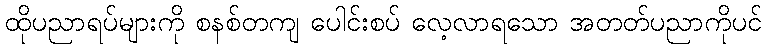
ထိုပညာရပ်များကို စနစ်တကျ ပေါင်းစပ် လေ့လာရသော အတတ်ပညာကိုပင်